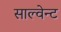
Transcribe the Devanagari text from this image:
साल्वेन्ट